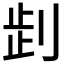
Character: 𠜶